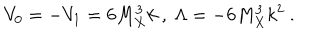
V _ { 0 } = - V _ { 1 } = 6 M _ { X } ^ { 3 } k ~ , ~ \Lambda = - 6 M _ { X } ^ { 3 } k ^ { 2 } ~ . ~ \,